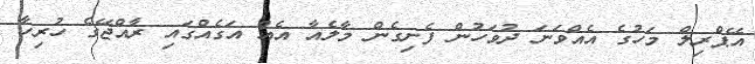
އޭޕްރިލް މަހުގެ އެއްވަނަ ދުވަހުން ފެށިގެން މާލެއާ އެއް އަގެއްގައި ރާއްޖޭގެ ހުރިހާ